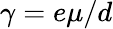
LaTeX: \gamma=e\mu/d